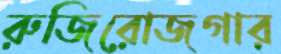
রুজিরোজগার